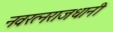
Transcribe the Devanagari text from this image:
नवरत्नराजधानी